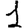
Digit: 1